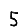
Digit: 5